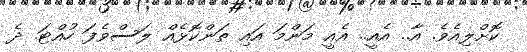
ކޮށްލިއެވެ. އާ.. އެއީ.. އެއީ މަންމަ އައި ތަންކޮޅެއް ލަސްވެފަ ހުއްޓަ. ދެ